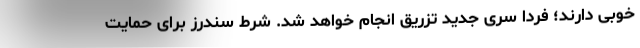
خوبی دارند؛ فردا سری جدید تزریق انجام خواهد شد. شرط سندرز برای حمایت